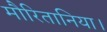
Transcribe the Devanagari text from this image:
मौरितानिया।